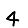
Digit: 4